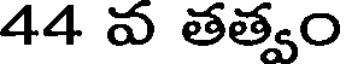
44 వ తత్వం